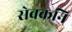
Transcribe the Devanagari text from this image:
सेवकनि